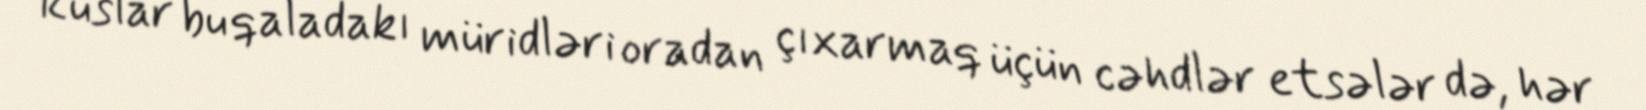
Ruslar bu qaladakı müridləri oradan çıxarmaq üçün cəhdlər etsələr də, hər